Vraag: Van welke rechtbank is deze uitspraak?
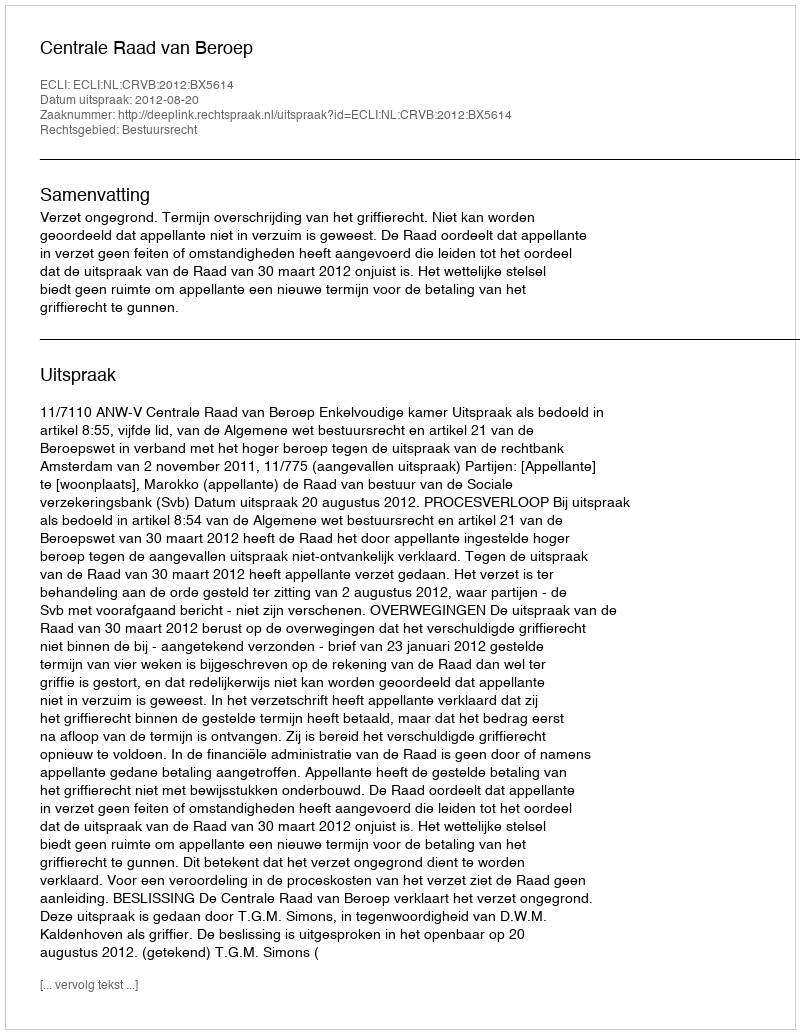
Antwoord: Centrale Raad van Beroep